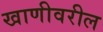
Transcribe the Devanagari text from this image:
खाणीवरील